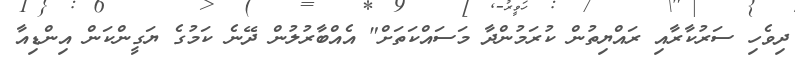
ދިވެހި ސަރުކާރާއި ރައްޔިތުން ކުރަމުންދާ މަސައްކަތަށް" އެއްބާރުލުން ދޭނެ ކަމުގެ ޔަގީންކަން އިންޑިއާ